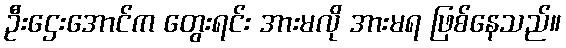
ဦးဌေးအောင်က တွေးရင်း အားမလို အားမရ ဖြစ်နေသည်။